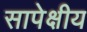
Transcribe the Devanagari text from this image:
सापेक्षीय